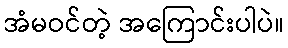
အံမဝင်တဲ့ အကြောင်းပါပဲ။